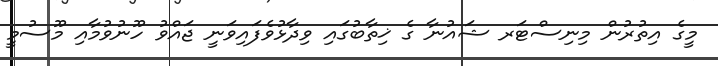
މީގެ އިތުރުން މިނިސްޓަރ ޝައުނާ ގެ ޚިތާބުގައި ވިދާޅުވެފައިވަނީ ޖައްވު ހޫނުވުމާއި މޫސުމީ